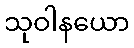
သုဝါနယော